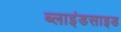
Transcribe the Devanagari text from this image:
ब्लाइंडसाइड